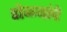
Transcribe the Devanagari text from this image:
डोळयांचे